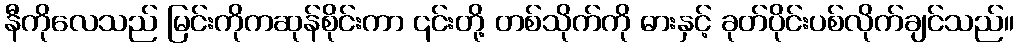
နီကိုလေသည် မြင်းကိုကဆုန်စိုင်းကာ ၎င်းတို့ တစ်သိုက်ကို ဓားနှင့် ခုတ်ပိုင်းပစ်လိုက်ချင်သည်။